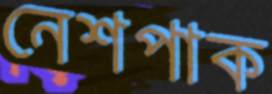
নেশপাক